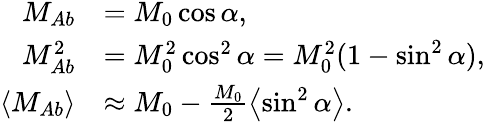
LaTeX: \begin{array}{rl}{M_{Ab}}&{=M_{0}\cos\alpha,}\\ {M_{Ab}^{2}}&{=M_{0}^{2}\cos^{2}\alpha=M_{0}^{2}(1-\sin^{2}\alpha),}\\ {\left\langle{M_{Ab}}\right\rangle}&{\approx M_{0}-\frac{M_{0}}{2}\left\langle{\sin^{2}\alpha}\right\rangle.}\end{array}